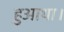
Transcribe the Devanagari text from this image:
हुआथा।